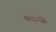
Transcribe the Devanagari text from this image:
स्च्वान्जेर